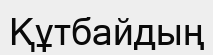
Құтбайдың